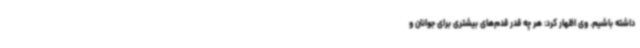
داشته باشیم. وی اظهار کرد: هر چه قدر قدم‌های بیشتری برای جوانان و